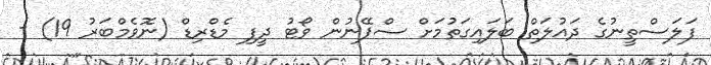
ފަލަސްތީނުގެ ދައުލަތް ބަލައިގަތުމަށް ސްޕޭނުން ވޯޓު ދީފި މެޑްރިޑް (ނޮވެމްބަރު 19) -